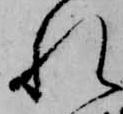
れ